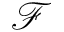
\mathcal { F }